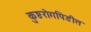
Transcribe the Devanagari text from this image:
कुष्ठरोगपिडीत